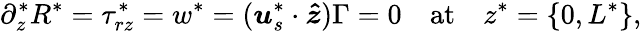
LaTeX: \partial_{z}^{*}R^{*}=\tau_{rz}^{*}=w^{*}=(\boldsymbol{u}_{s}^{*}\cdot\boldsymbol{\hat{z}})\Gamma=0\quad\mathrm{at}\quad z^{*}=\{ 0,L^{*}\} ,